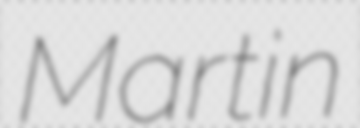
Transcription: Martin